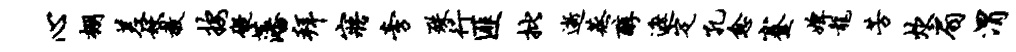
心棚差妖教按碍藩拜寤旁殊行匪批逝蒸醇遮定孔愈蹇婢龙芳炊扇渭